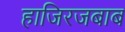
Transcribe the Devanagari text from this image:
हाजिरजबाब